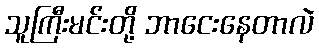
သူကြီးမင်းတို့ ဘာငေးနေတာလဲ